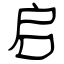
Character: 启